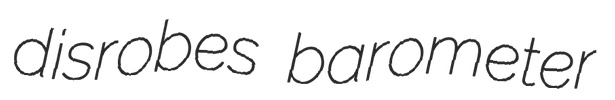
disrobes barometer